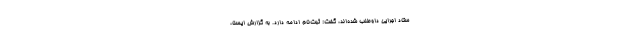
ستاد اجرایی داوطلب شده‌اند، گفت: ثبت‌نام ادامه دارد. به گزارش ایسنا،